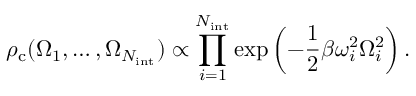
\rho _ { \mathrm { c } } ( \Omega _ { 1 } , \dots , \Omega _ { N _ { \mathrm { i n t } } } ) \propto \prod _ { i = 1 } ^ { N _ { \mathrm { i n t } } } \exp \left( - \frac { 1 } { 2 } \beta \omega _ { i } ^ { 2 } \Omega _ { i } ^ { 2 } \right) .